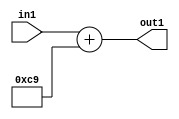
`timescale 1ps / 1ps
/*****************************************************************************
    Verilog RTL Description
    
    
    Created by: Stratus DpOpt 2019.1.01 
*******************************************************************************/

module DC_Filter_Add_12U_24_1 (
	in1,
	out1
	); /* architecture "behavioural" */ 
input [11:0] in1;
output [11:0] out1;
wire [11:0] asc001;

assign asc001 = 
	+(in1)
	+(12'B000011001001);

assign out1 = asc001;
endmodule

/* CADENCE  urnxTw0= : u9/ySgnWtBlWxVPRXgAZ4Og= ** DO NOT EDIT THIS LINE ******/